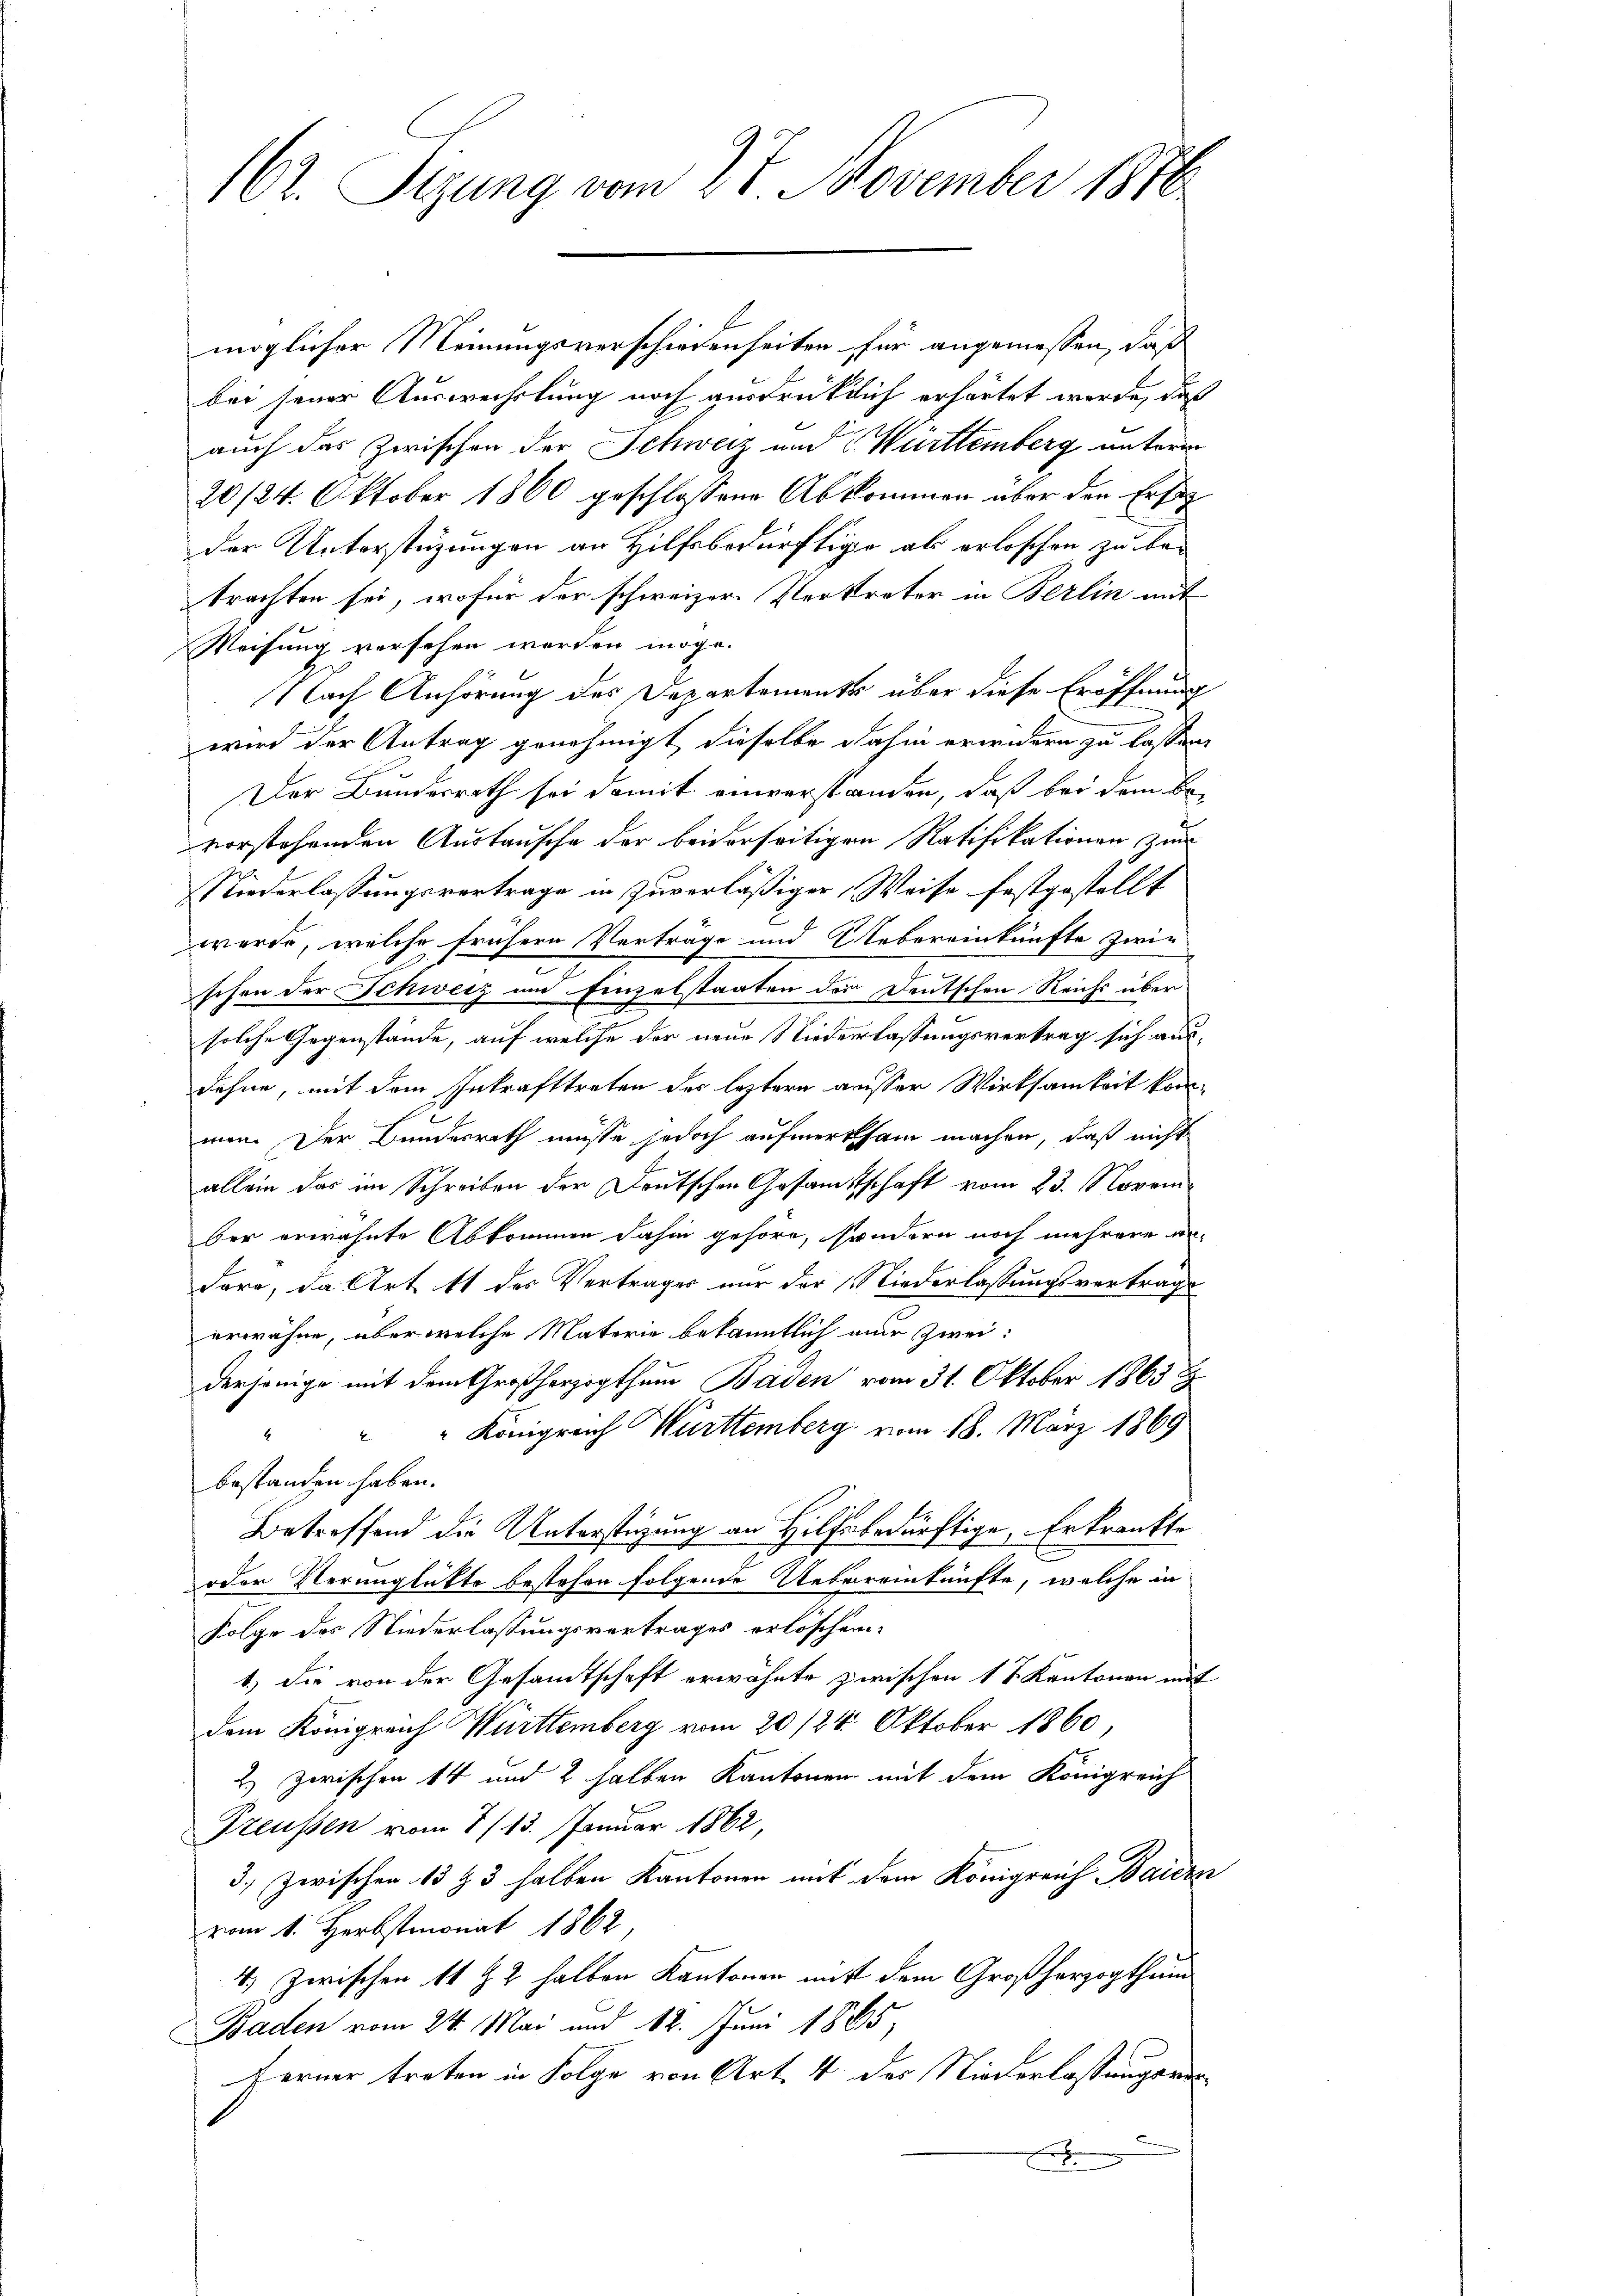
162. Sitzung vom 27. November 1816.

möglicher Meinungsverschiedenseiten für angemessen, daß
bei seiner Auswechslung noch ausdrücklich erhärtet werde, daß
auch das Zwischen der Schweiz und Württemberg unterm
20/24. Oktober 1860 geschlossene Abkommen über den Ersatz
der Unterstüzungen an Hilfsbedürftige ab erloschen zu betrachten sei, wofür der schweizer Verkrater in Berlin mit
Weisung versehen worden möge.
Nach Anhörung des Departements über diese Eröffnung
wird der Antrag genehmigt, dieselbe dahin erwidern zu lassen,
Der Bundesrath sei damit einverstanden, daß bei dem Bevorstehenden Austausche der beiderseitigen Ratifikationen zu
Niederlassungsvertrage in Zuverläßiger Weise festgestellt
wurde, welche frühere Verträge und Uebereinkünfte zwie
schen der Schweiz und Einzelstaaten der Deutschen Reichs über
solche Gegenstände, auf welche der neue Niederlassungsvertrag sich ausdehne, mit dem Inkrafttreten der leztern ausser Wirksamkeit kommen. Der Bundesrath müsse jedoch aufmerksam machen, daß nicht
allein das im Schreiben der Deutschen Gesamtschaft vom 23. November erwähnte Abkommen dahin gehöre, sondern noch mehrere an-
dare, da Art 11 des Vertrages nur der Niederlassungsvertrage
erwähne, über welche Materie bekanntlich nur zwei:
derjenige mit dem Großherzogthum Baden vom 31. Oktober 1863
" Königreich Württemberg vom 18. März 1869
bestanden haben.
Betreffend die Unterstüzung an Hilfsbedürftige Erkrankte
oder Verunglückte bestehen folgende Uebereinkünfte, welche in
Folge des Niederlassungsvertrages erlöschen
1) die von der Gesandtschaft erwähnte zwischen 1 t Kantonen mit
dem Königreich Württemberg vom 20 /24. Oktober 1860,
2.) zwischen 14 und 2 halben Kantonen mit dem Königreich
Preußen vom 8/13. Januar 1862
3.) Zwischen 13 § 3 halben Kantonen mit dem Königreich Baiern
vom 1. Herbstmonat 1862,
4.) Zwischen 11 & 2 halben Kantonen nicht dem Großherzogthum
Baden vom 24. Mai und 12. Juni 1885,
Ferner treten in Folge von Art. 4 des Niederlassungsrec
x